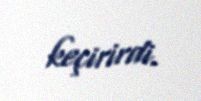
keçirirdi.